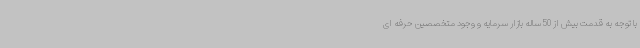
با توجه به قدمت بیش از 50 ساله بازار سرمایه و وجود متخصصین حرفه ای